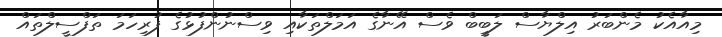
މިއާއެކު މެންބަރު އިލްޔާސް ލަބީބް ވެސް އޭނާގެ އަމަލްތަކާއި ވިސްނުންފުޅުގެ ފުރިހަމަ ތަފްސީލްތައް